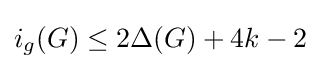
i_{g}(G)\leq 2\Delta (G)+4k-2